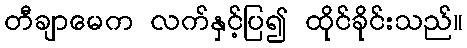
တီချာမေက လက်နှင့်ပြ၍ ထိုင်ခိုင်းသည်။